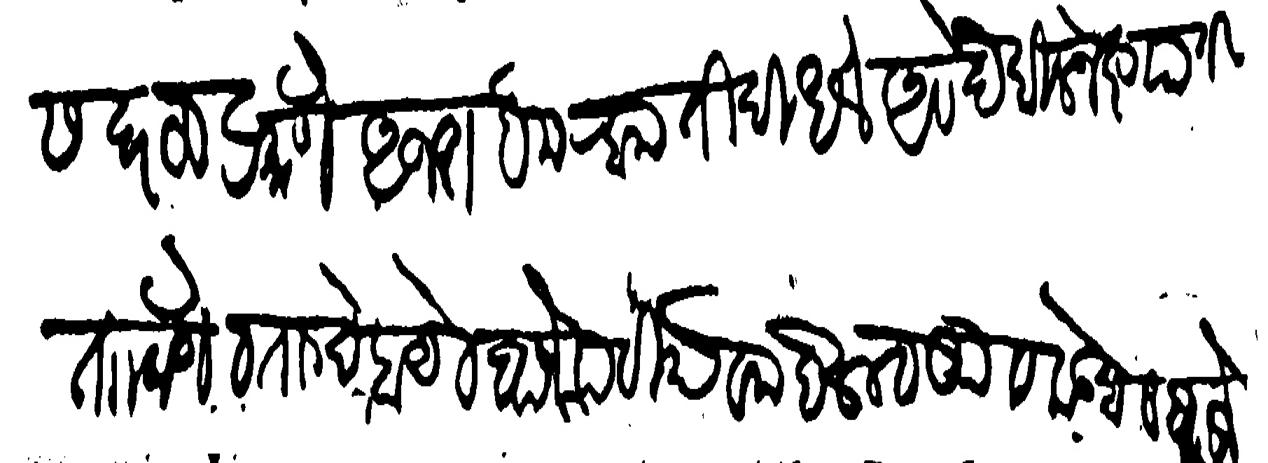
Transliteration (Devanagari): सदरहू प्रमाणे अजराह मऱ्हामती दिधले असे देखील नख्तयाती ताा टाणे व ताा देहाये व बाजे पटिया व महसूल व ऊट व कडबा व वाजे